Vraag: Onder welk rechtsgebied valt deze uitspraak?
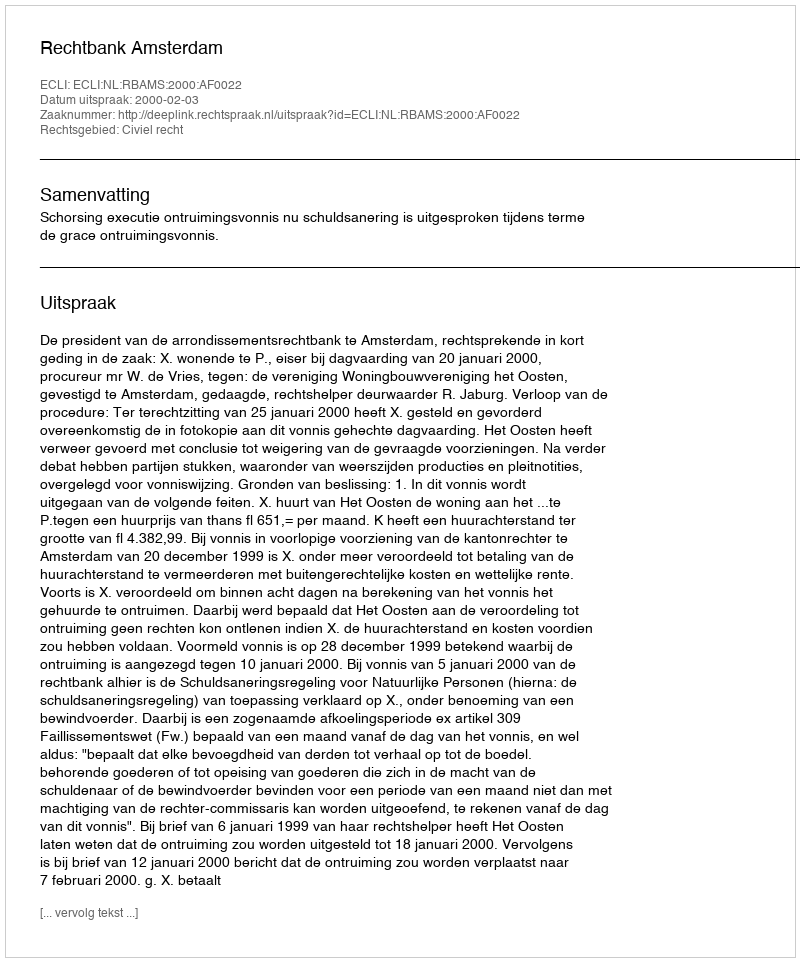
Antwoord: Civiel recht